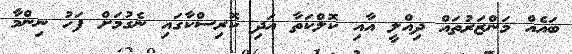
ބަައެއް މަންޒަރުތައް ދިއްލީ އާއި ކޮލްކަތާ އަދި ކޮރިސްކާގައި ނެގުމަށް ފަހު ނިންމާ